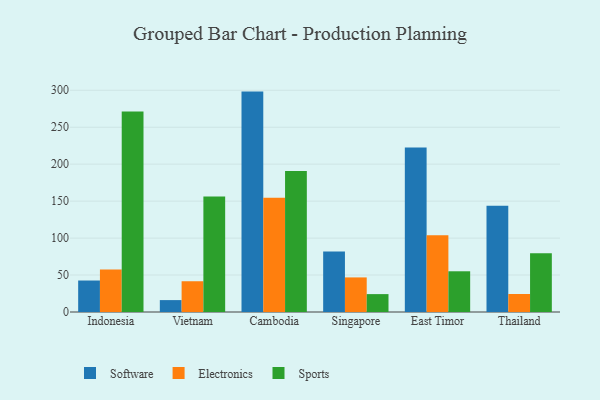
{"axis": {"x": "Country", "y": "Customer Acquisition Cost (USD)"}, "legend": ["Electronics", "Software", "Sports"], "data": [{"x": "Indonesia", "y": 42.6, "type": "Software"}, {"x": "Indonesia", "y": 57.4, "type": "Electronics"}, {"x": "Indonesia", "y": 271.2, "type": "Sports"}, {"x": "Vietnam", "y": 16.1, "type": "Software"}, {"x": "Vietnam", "y": 41.6, "type": "Electronics"}, {"x": "Vietnam", "y": 156.3, "type": "Sports"}, {"x": "Cambodia", "y": 298.2, "type": "Software"}, {"x": "Cambodia", "y": 154.7, "type": "Electronics"}, {"x": "Cambodia", "y": 190.7, "type": "Sports"}, {"x": "Singapore", "y": 81.9, "type": "Software"}, {"x": "Singapore", "y": 46.8, "type": "Electronics"}, {"x": "Singapore", "y": 24.2, "type": "Sports"}, {"x": "East Timor", "y": 222.4, "type": "Software"}, {"x": "East Timor", "y": 103.9, "type": "Electronics"}, {"x": "East Timor", "y": 55.1, "type": "Sports"}, {"x": "Thailand", "y": 143.9, "type": "Software"}, {"x": "Thailand", "y": 24.4, "type": "Electronics"}, {"x": "Thailand", "y": 79.5, "type": "Sports"}]}